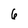
Character: 6